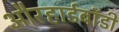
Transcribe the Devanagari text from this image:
औरहार्डबॉडी